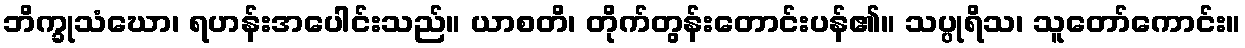
ဘိက္ခုသံဃော၊ ရဟန်းအပေါင်းသည်။ ယာစတိ၊ တိုက်တွန်းတောင်းပန်၏။ သပ္ပုရိသ၊ သူတော်ကောင်း။